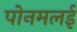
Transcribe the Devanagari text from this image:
पोनमलई